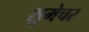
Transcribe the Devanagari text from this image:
शुमेचर